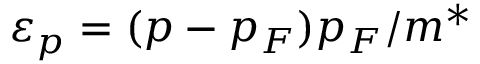
\varepsilon _ { p } = ( p - p _ { F } ) p _ { F } / m ^ { * }